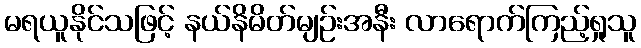
မရယူနိုင်သဖြင့် နယ်နိမိတ်မျဉ်းအနီး လာရောက်ကြည့်ရှုသူ